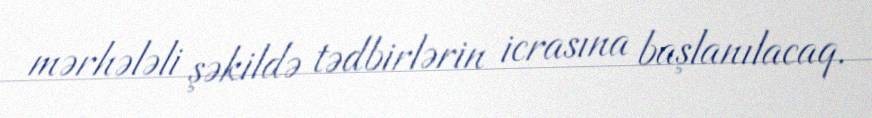
mərhələli şəkildə tədbirlərin icrasına başlanılacaq.